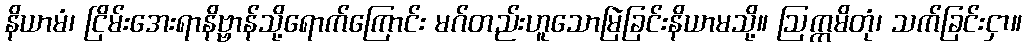
နိယာမံ၊ ငြိမ်းအေးရာနိဗ္ဗာန်သို့ရောက်ကြောင်း မဂ်တည်းဟူသောမြဲခြင်းနိယာမသို့။ ဩက္ကမိတုံ၊ သက်ခြင်းငှာ။